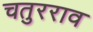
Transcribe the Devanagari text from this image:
चतुरराव